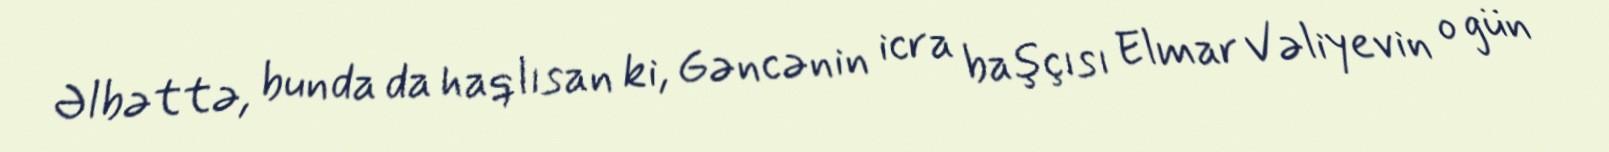
Əlbəttə, bunda da haqlısan ki, Gəncənin icra başçısı Elmar Vəliyevin o gün